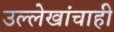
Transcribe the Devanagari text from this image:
उल्लेखांचाही